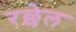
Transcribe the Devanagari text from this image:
रछेल